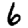
Digit: 6